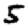
Digit: 5